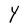
Character: Y